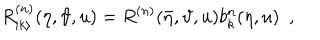
LaTeX: R _ { | k \rangle } ^ { ( n ) } ( \eta , \vartheta , u ) = R ^ { ( n ) } ( \bar { \eta } , \vartheta , u ) b _ { k } ^ { n } ( \eta , u ) \, \, \, ,